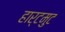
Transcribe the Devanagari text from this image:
हार्टमुट